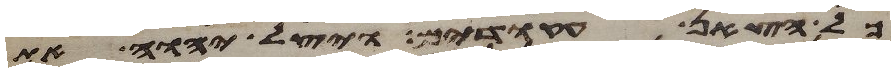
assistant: כל הצאן עקודים ויצל יהוה את